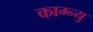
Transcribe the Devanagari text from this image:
काग्न्यु